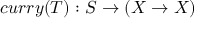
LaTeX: c u r r y ( T ) : S \to ( X \to X )